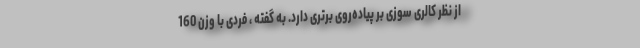
از نظر کالری سوزی بر پیاده‌روی برتری دارد. به گفته ، فردی با وزن 160